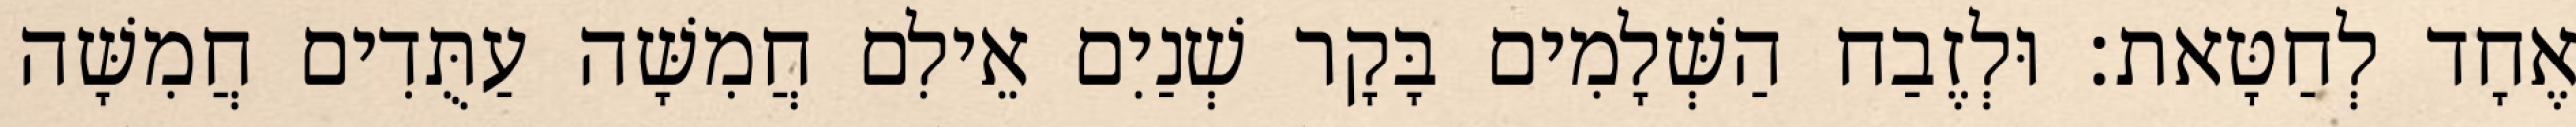
אֶחָד לְחַטָּאת׃ וּלְזֶבַח הַשְּׁלָמִים בָּקָר שְׁנַיִם אֵילִם חֲמִשָּׁה עַתֻּדִים חֲמִשָּׁה